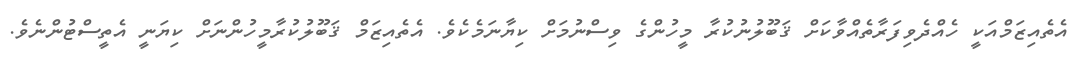
އެތެއިޒަމްއަކީ ހެއްދެވިފަރާތެއްވާކަށް ޤަބޫލުނުކުރާ މީހުންގެ ވިސްނުމަށް ކިޔާނަމެކެވެ. އެތެއިޒަމް ޤަބޫލުކުރާމީހުންނަށް ކިޔަނީ އެތީސްޓުންނެވެ.